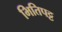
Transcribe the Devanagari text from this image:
भितिपट्ट